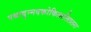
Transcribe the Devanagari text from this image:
पश्चादुन्मदकोकिलालिललना